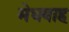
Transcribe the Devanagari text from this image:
मेधवाह